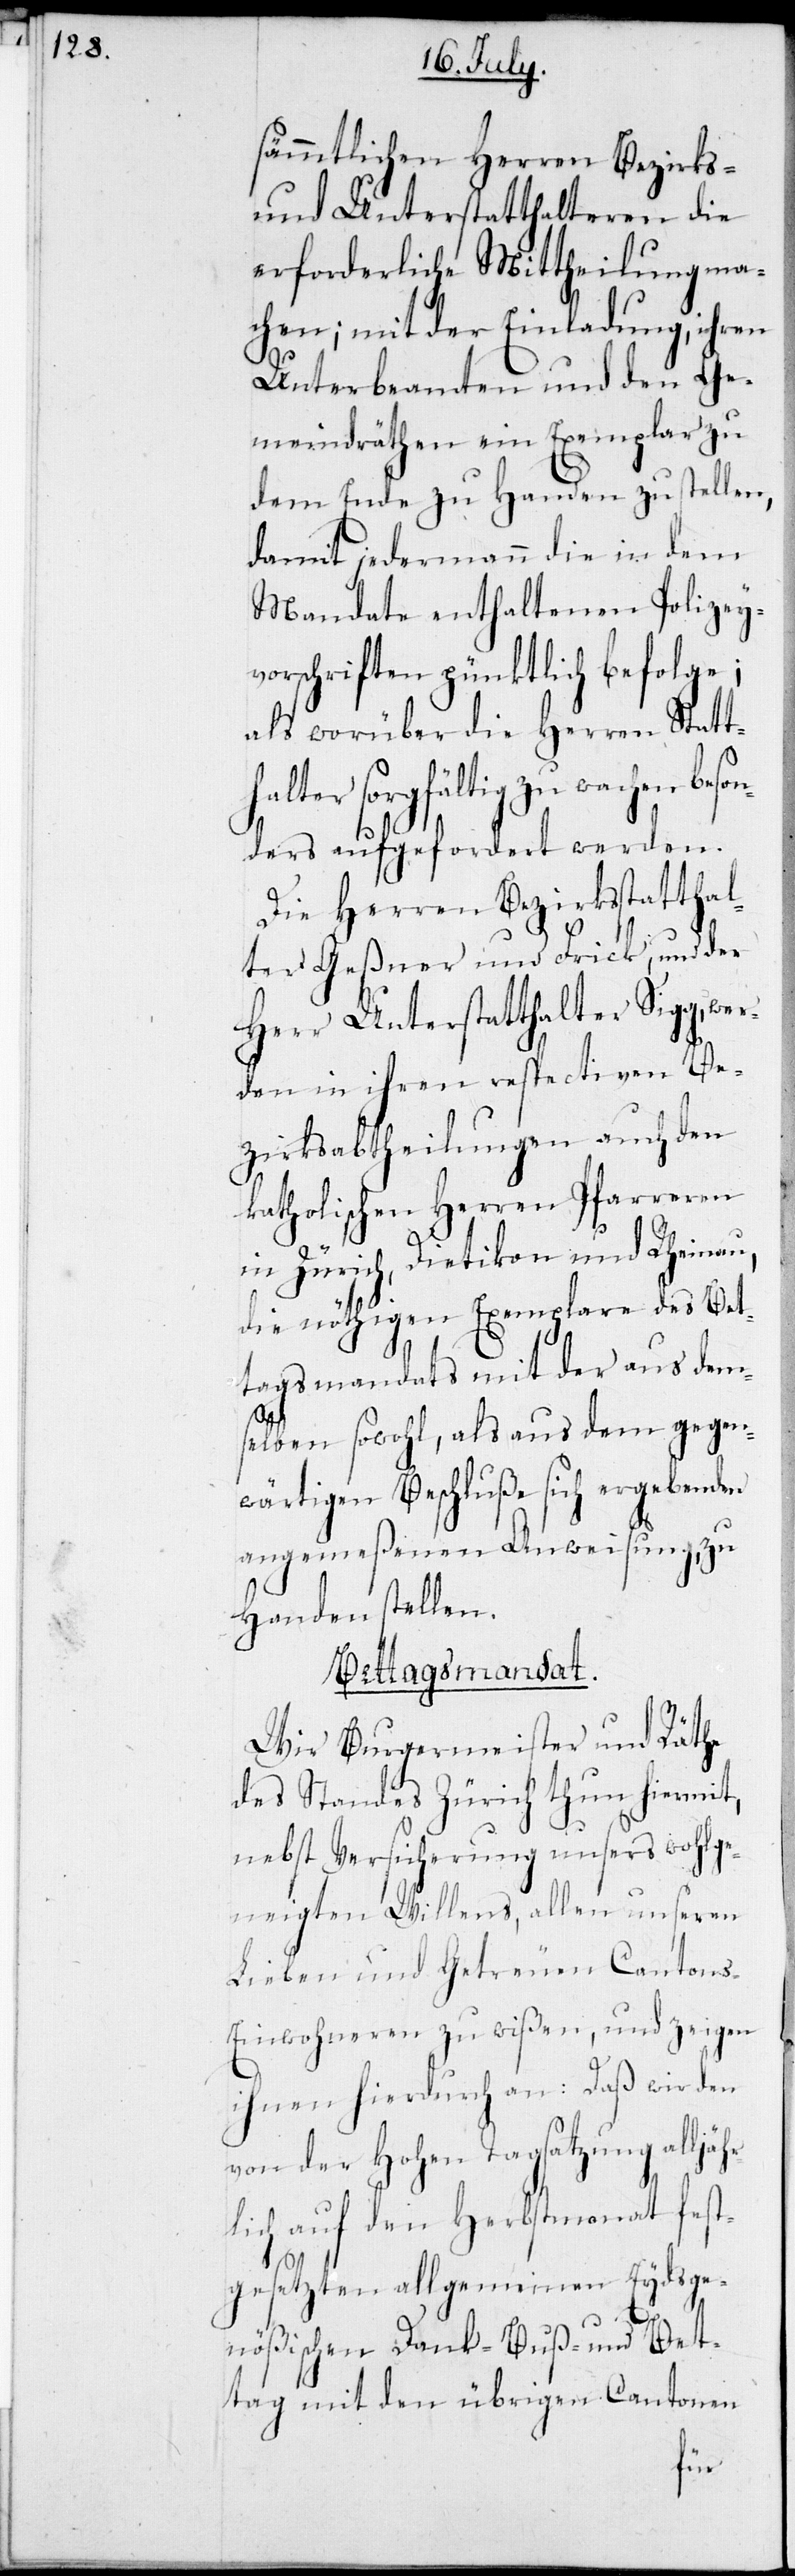
sämmtlichen Herren Bezirks-
und Unterstatthalteren die
erforderliche Mittheilung ma¬
chen; mit der Einladung, ihre
Unterbeamten und den Ge¬
meindräthen ein Exemplar zu
dem Ende zu Handen zu stellen,
damit jedermann die in dem
Mandate enthaltenen Polizey¬
vorschriften pünktlich befolge;
als worüber die Herren Statth¬
alter sorgfältig zu wachen
ders aufgefordert werden.
Die Herren Bezirksstatthal¬
ter Geßner und Frick, und der
Herr Unterstatthalter Sigg, we¬
rden in ihren respectiven Be¬
zirksabtheilungen auch den
katholischen Herren Pfarreren
in Zürich, Dietikon und Rheinau,
die nöthigen Exemplare des Bet¬
tagsmandats mit der aus dem¬
selben sowohl, als aus dem gegen¬
wärtigen Beschluße sich ergeben¬
angemeßenen Anweisung, zu
Handen stellen.
Bettagsmandat.
Wir Burgermeister und Räthe
des Standes Zürich thun hiemit,
nebst Versicherung unsers wohlge¬
neigten Willens, allen unseren
Lieben und Getreuen Cantons-E¬
inwohneren zu wißen, und zeigen
ihnen hierdurch an: Daß wir den
von der Hohen Tagsatzung alljähr¬
lich auf den Herbstmonat fest¬
gesetzten allgemeinen Eydsge¬
den
nößischen Dank- Buß- und Bet¬
tag mit den übrigen Cantonen